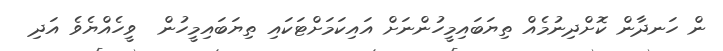
ން ހަނދާން ކޮށްދިނުމެއް ތިޔަބައިމީހުންނަށް އައިކަމަށްޓަކައި ތިޔަބައިމީހުން  ވީހެއްޔެވެ އަދި